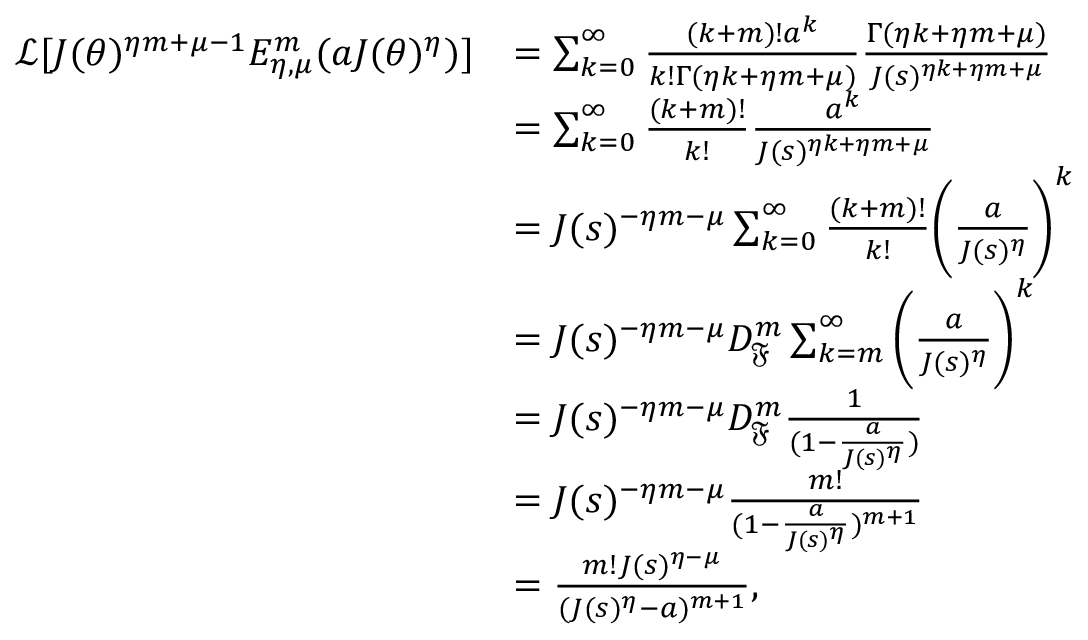
\begin{array} { r l } { \mathcal { L } [ J ( \theta ) ^ { \eta m + \mu - 1 } E _ { \eta , \mu } ^ { m } ( a J ( \theta ) ^ { \eta } ) ] } & { = \sum _ { k = 0 } ^ { \infty } \frac { ( k + m ) ! a ^ { k } } { k ! \Gamma ( \eta k + \eta m + \mu ) } \frac { \Gamma ( \eta k + \eta m + \mu ) } { J ( s ) ^ { \eta k + \eta m + \mu } } } \\ & { = \sum _ { k = 0 } ^ { \infty } \frac { ( k + m ) ! } { k ! } \frac { a ^ { k } } { J ( s ) ^ { \eta k + \eta m + \mu } } } \\ & { = J ( s ) ^ { - \eta m - \mu } \sum _ { k = 0 } ^ { \infty } \frac { ( k + m ) ! } { k ! } \bigg ( \frac { a } { J ( s ) ^ { \eta } } \bigg ) ^ { k } } \\ & { = J ( s ) ^ { - \eta m - \mu } D _ { \mathfrak { F } } ^ { m } \sum _ { k = m } ^ { \infty } \bigg ( \frac { a } { J ( s ) ^ { \eta } } \bigg ) ^ { k } } \\ & { = J ( s ) ^ { - \eta m - \mu } D _ { \mathfrak { F } } ^ { m } \frac { 1 } { ( 1 - \frac { a } { J ( s ) ^ { \eta } } ) } } \\ & { = J ( s ) ^ { - \eta m - \mu } \frac { m ! } { ( 1 - \frac { a } { J ( s ) ^ { \eta } } ) ^ { m + 1 } } } \\ & { = \frac { m ! J ( s ) ^ { \eta - \mu } } { ( J ( s ) ^ { \eta } - a ) ^ { m + 1 } } , } \end{array}